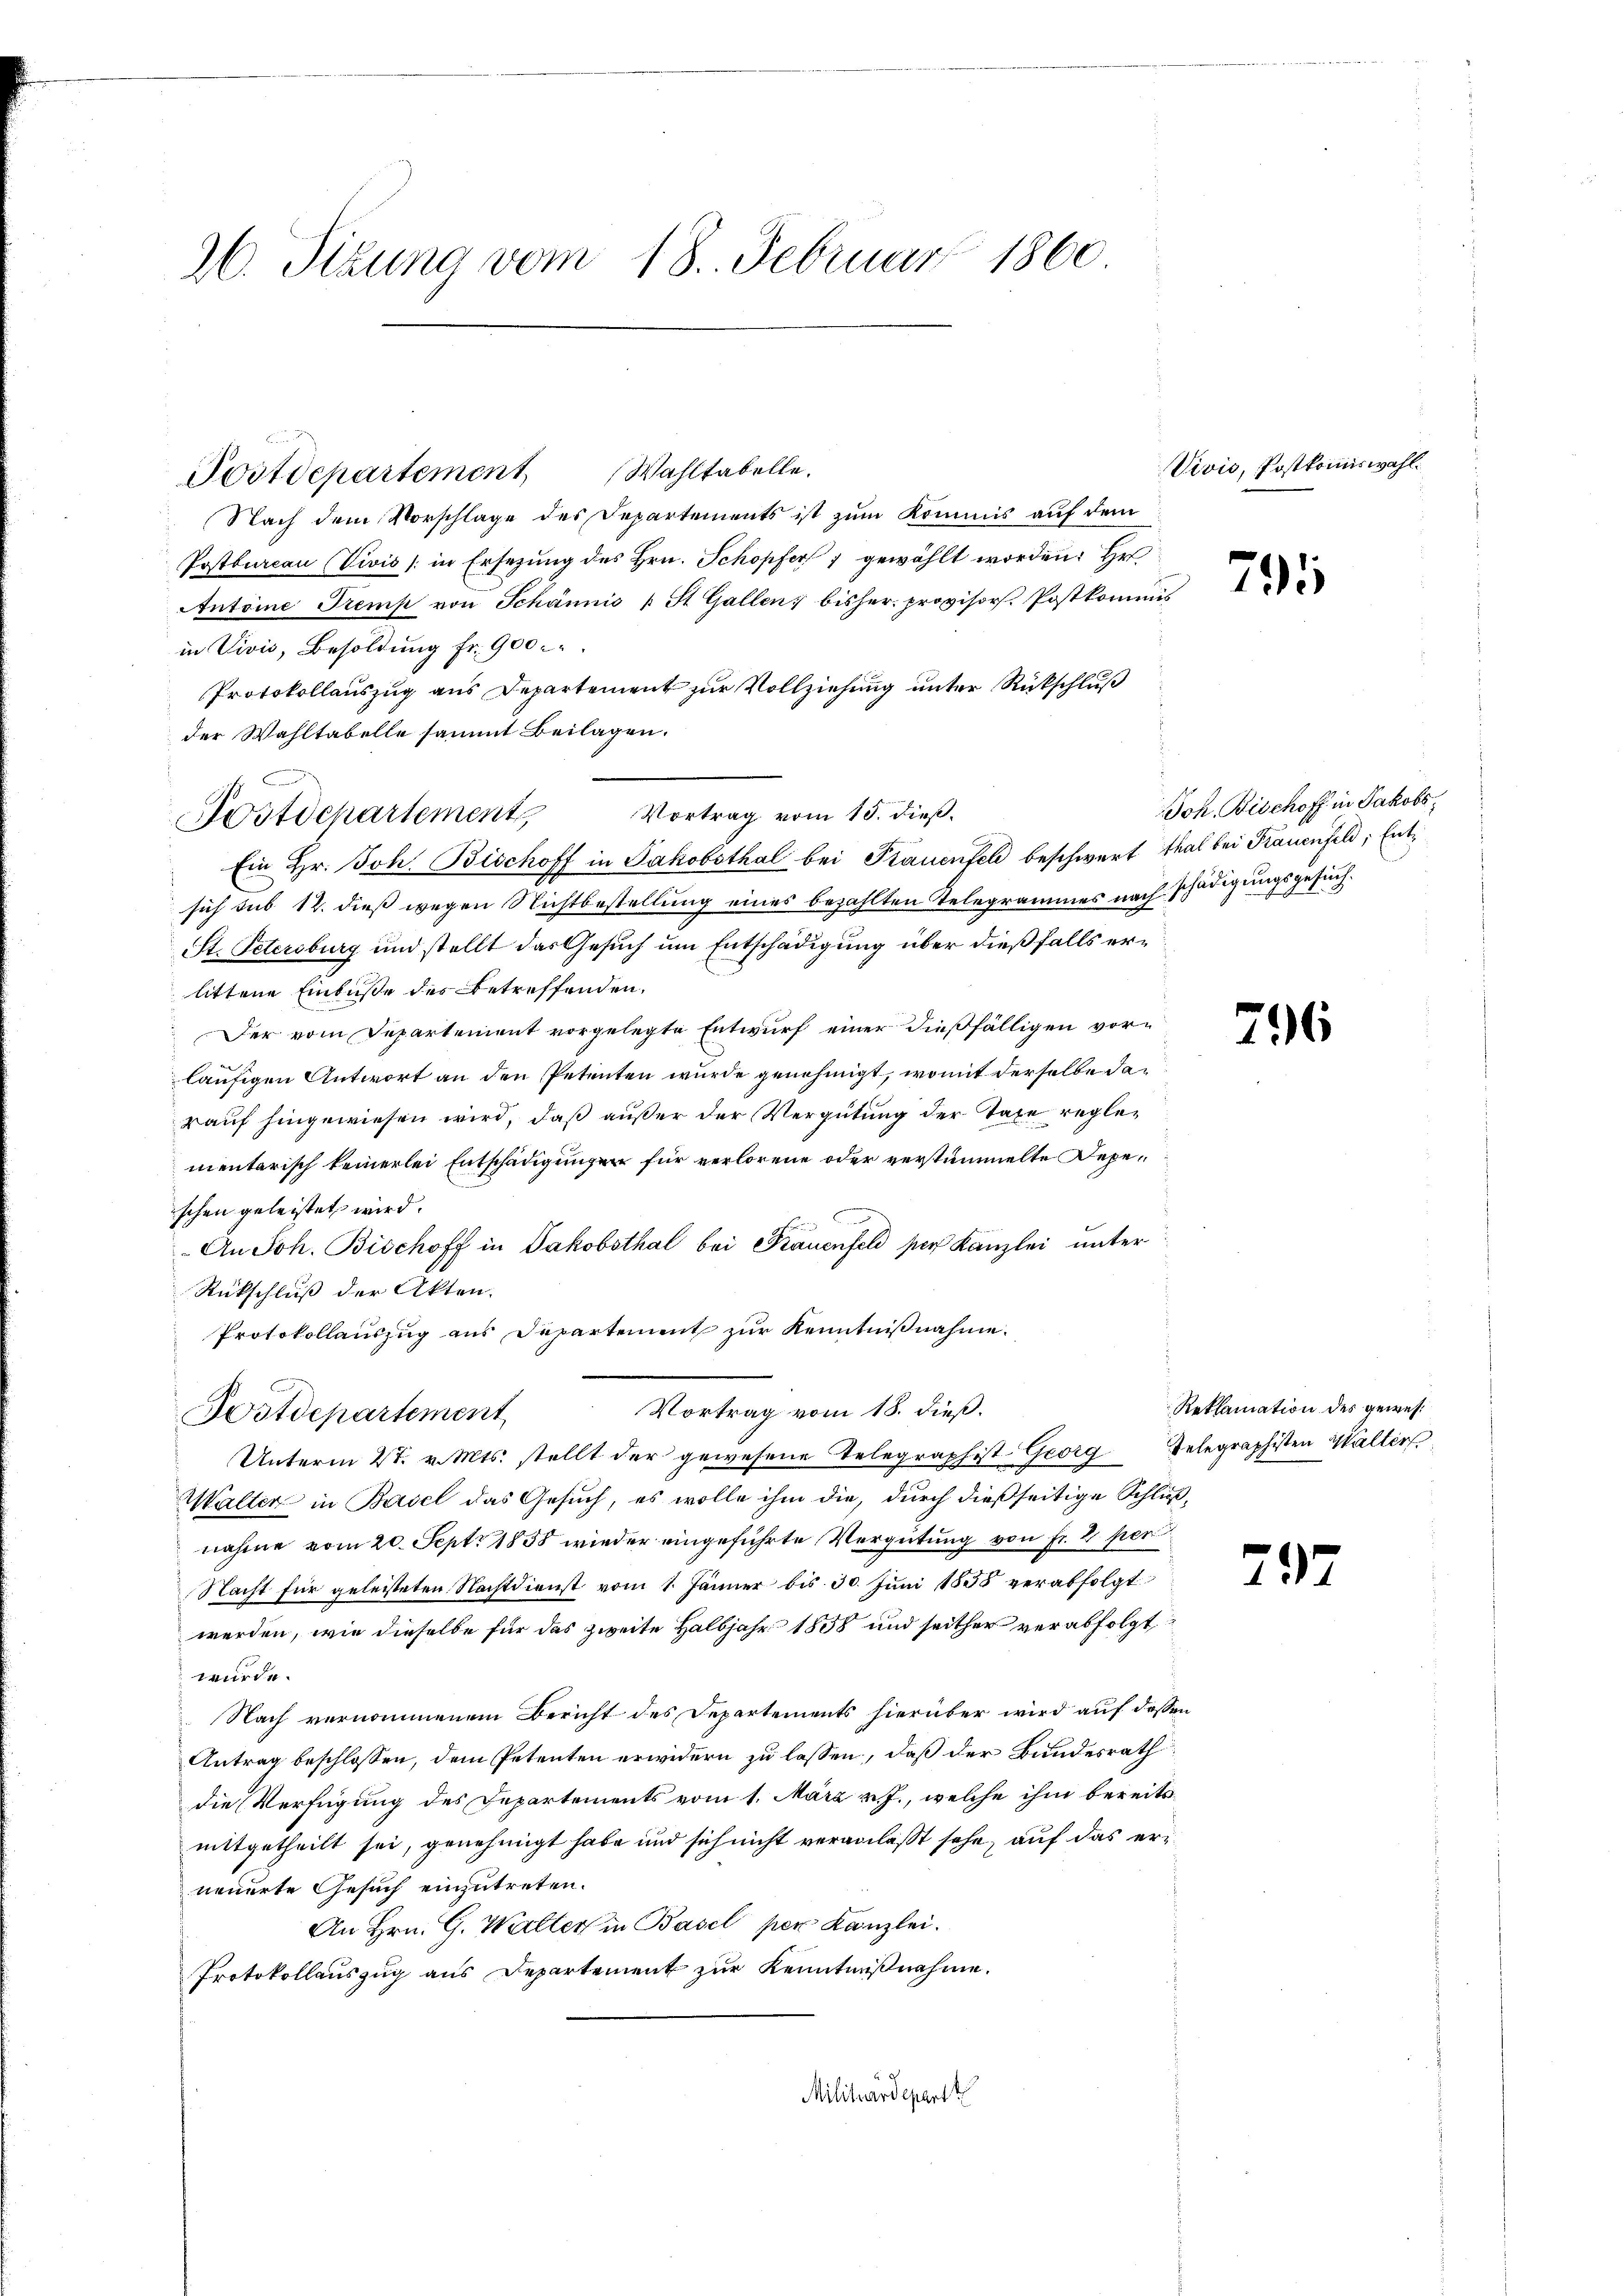
26. Sizung vom 18. Februar 1860

C
Postdepartement

Postdepartement Wahltabelle.
Nach dem Vorschlage des Departements ist zum Kommis auf dem
Postbureau (Vivis (in Ersezung des Hrn. Schopfer gewählt worden. Hr
Antoine Tremp von Schännis u St. Gallen; bisher provisor Postkommis
in Vivis, Besoldung fr. 900.
Protokollauszug aus Departement zur Vollziehung unter Rückschluß
der Wahltabelle sammt Beilagen.
Vortrag vom 15. dieß¬
Ein Hr. Joh. Bischoff in Jakobsthal bei Frauenfel beschwart thal bei Krauenfeld, Entsich sub 12. dieß wegen Nichtbestellung eines bezahlten Telegrammes nach schädigungsgesuch¬
St. Petersburg und stellt das Gesuch um Entschädigung über dießfalls erlittene Einbuße des Betreffenden.
Der vom Departement vorgelegte Entwurf einer dießfälligen vorläufigen Antwort an den Petenten wurde genehmigt, womit derselbe darauf hingewiesen wird, daß außer der Vergütung der Tage reglementarisch keinerlei Entschädigungen für verlorene oder verstümmelte Depeschen geleistet wird.
An Joh. Bischoff in Jakobsthal bei Krauenfeld per Kanzlei unter
Rückschluß der Akten.
Protokollauszug aus Departement zur Kenntnißnahme.
Vortrag vom 18. dieß.
Fostdepartement
Unterm 27. v. Mts. stellt der gewesene Telegraphist-Georg Telegraphisten Walters
Walter in Basel das Gesuch, es wolle ihm die, durch dießseitige Schlußnahme vom 20. Sept. 1858 wieder eingeführte Vergütung von Fr. 2. per
Nacht für geleisteten Nachtdienst vom 1. Jänner bis 30. Jŭni 1858 verabfolgt
werden, wie dieselbe für das zweite Halbjahr 1858 und seither verabfolgt
wurde.
Nach vernommenem Bericht des Departements hierüber wird auf dessen
Antrag beschlossen, dem Petenten erwidern zu lassen, daß der Bundesrath
die Verfügung des Departements vom 1. März v. J., welche ihm bereitsmitgetheilt sei, genehmigt habe und sich nicht veranlaßt sehe, auf das erneuerte Gesuch einzutreten.
An Hrn. G. Walter in Basel per Kanzlei.
Protokollauszug aus Departement zur Kenntnißnahme.
Militärdepart

Vivis, Postkommiswahl.

295

JJoh. Bischoff in Jakobs,

796

Reklamation des gewes¬

237